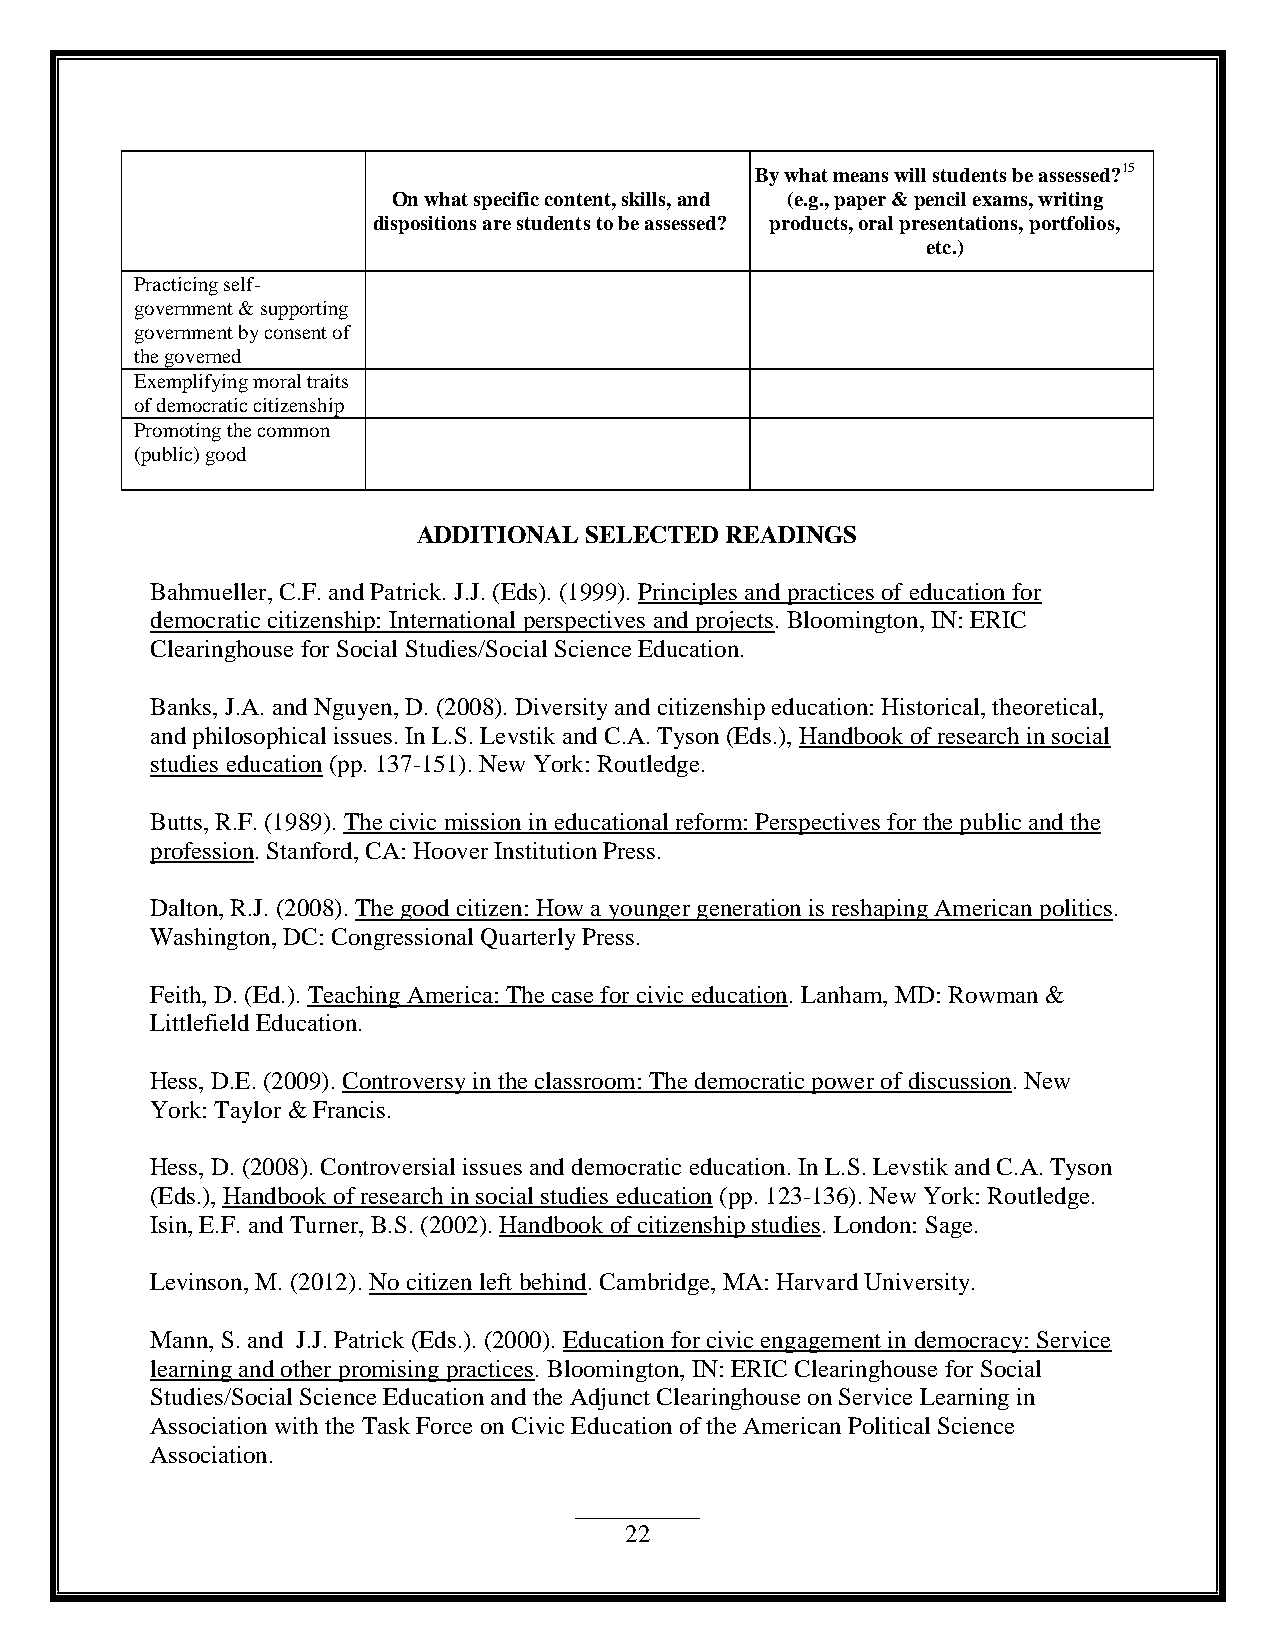
By what means will students be assessed?15
 On what specific content, skills, and (e.g., paper & pencil exams, writing
 dispositions are students to be assessed? products, oral presentations, portfolios,
 etc.)
 Practicing self-
 government & supporting
 government by consent of
 the governed
 Exemplifying moral traits
 of democratic citizenship
 Promoting the common
 (public) good
 ADDITIONAL SELECTED READINGS
 Bahmueller, C.F. and Patrick. J.J. (Eds). (1999). Principles and practices of education for
 democratic citizenship: International perspectives and projects. Bloomington, IN: ERIC
 Clearinghouse for Social Studies/Social Science Education.
 Banks, J.A. and Nguyen, D. (2008). Diversity and citizenship education: Historical, theoretical,
 and philosophical issues. In L.S. Levstik and C.A. Tyson (Eds.), Handbook of research in social
 studies education (pp. 137-151). New York: Routledge.
 Butts, R.F. (1989). The civic mission in educational reform: Perspectives for the public and the
 profession. Stanford, CA: Hoover Institution Press.
 Dalton, R.J. (2008). The good citizen: How a younger generation is reshaping American politics.
 Washington, DC: Congressional Quarterly Press.
 Feith, D. (Ed.). Teaching America: The case for civic education. Lanham, MD: Rowman &
 Littlefield Education.
 Hess, D.E. (2009). Controversy in the classroom: The democratic power of discussion. New
 York: Taylor & Francis.
 Hess, D. (2008). Controversial issues and democratic education. In L.S. Levstik and C.A. Tyson
 (Eds.), Handbook of research in social studies education (pp. 123-136). New York: Routledge.
 Isin, E.F. and Turner, B.S. (2002). Handbook of citizenship studies. London: Sage.
 Levinson, M. (2012). No citizen left behind. Cambridge, MA: Harvard University.
 Mann, S. and J.J. Patrick (Eds.). (2000). Education for civic engagement in democracy: Service
 learning and other promising practices. Bloomington, IN: ERIC Clearinghouse for Social
 Studies/Social Science Education and the Adjunct Clearinghouse on Service Learning in
 Association with the Task Force on Civic Education of the American Political Science
 Association.
 22